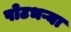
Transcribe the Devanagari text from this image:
पोटभऱ्या